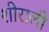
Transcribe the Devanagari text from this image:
शीराली